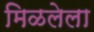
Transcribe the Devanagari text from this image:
मिळलेला